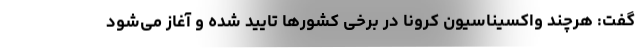
گفت: هرچند واکسیناسیون کرونا در برخی کشورها تایید شده و آغاز می‌شود